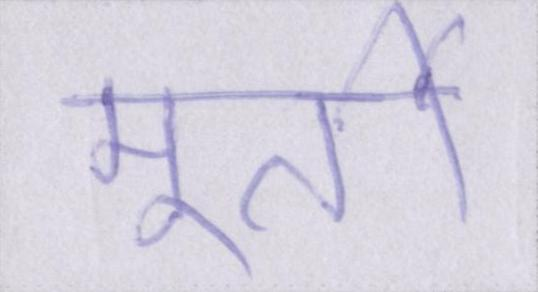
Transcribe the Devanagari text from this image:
मूर्ती